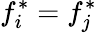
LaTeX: f_{i}^{*}=f_{j}^{*}